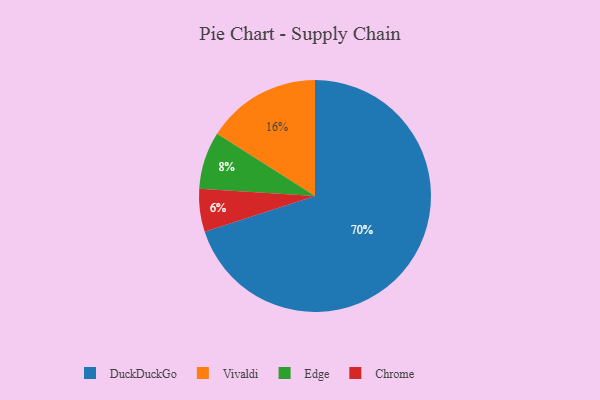
{"axis": {"x": "Category", "y": "Percentage"}, "legend": ["Chrome", "DuckDuckGo", "Edge", "Vivaldi"], "data": [{"x": "Chrome", "y": 6, "type": "Chrome"}, {"x": "DuckDuckGo", "y": 70, "type": "DuckDuckGo"}, {"x": "Vivaldi", "y": 16, "type": "Vivaldi"}, {"x": "Edge", "y": 8, "type": "Edge"}]}